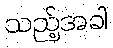
သည့်အခါ